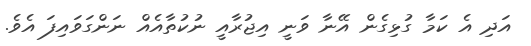
އަދި އެ ކަމާ ގުޅިގެން އޭނާ ވަނީ އިޖުރާއީ ނުކުތާއެއް ނަންގަވައިފަ އެވެ.